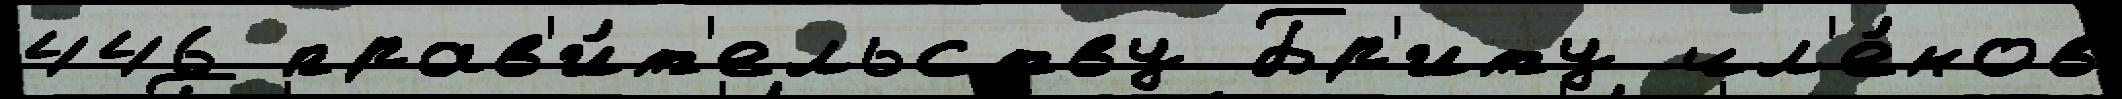
446 прав'и́т'ельству Бр'иту чл'е́нов